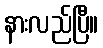
နားလည်ပြီ။